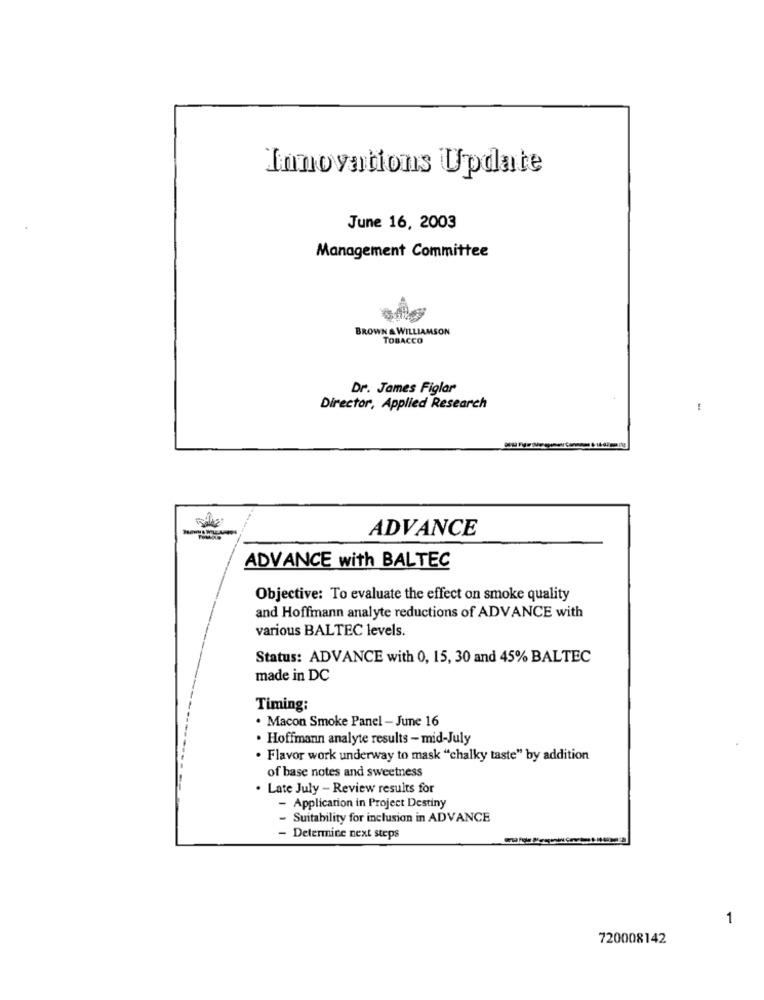
Innovations Update
June 16, 2003
Management Committee
BROWN & WILLIAMSON
TOBACCO
Dr. James Figlar
Director, Applied Research
-
ADVANCE
ADVANCE with BALTEC
Objective: To evaluate the effect on smoke quality
and Hoffmann analyte reductions of ADVANCE with
various BALTEC levels.
Status: ADVANCE with 0, 15, 30 and 45% BALTEC
made in DC
Timing:
. Macon Smoke Panel - June 16
. Hoffmann analyte results - mid-July
· Flavor work underway to mask "chalky taste" by addition
of base notes and sweetness
. Late July - Review results for
- Application in Project Destiny
- Suitability for inclusion in ADVANCE
- Determice next steps
1
720008142